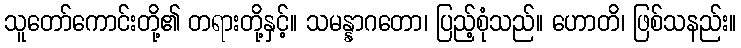
သူတော်ကောင်းတို့၏ တရားတို့နှင့်။ သမန္နာဂတော၊ ပြည့်စုံသည်။ ဟောတိ၊ ဖြစ်သနည်း။